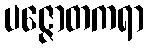
ပဇ္ဇောတကရာ